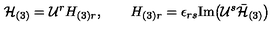
{ \cal H } _ { ( 3 ) } = { \cal U } ^ { r } H _ { ( 3 ) r } , \qquad H _ { ( 3 ) r } = \epsilon _ { r s } \mathrm { I m } \big ( { \cal U } ^ { s } \bar { { \cal H } } _ { ( 3 ) } \big )